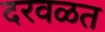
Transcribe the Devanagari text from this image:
दरवळत